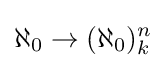
\aleph _{0}\rightarrow (\aleph _{0})_{k}^{n}